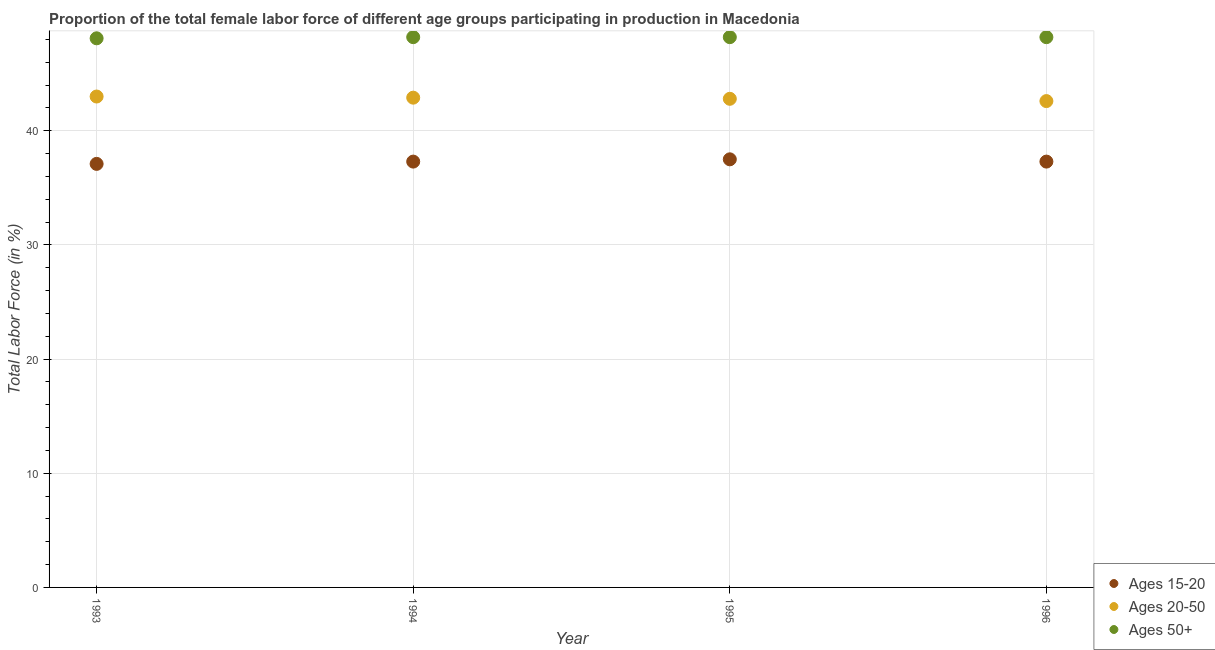
| Year | Ages 15-20 | Ages 20-50 | Ages 50+ |
 | --- | --- | --- | --- |
 | 1993 | 37.1 | 43 | 48.1 |
 | 1994 | 37.3 | 42.9 | 48.2 |
 | 1995 | 37.5 | 42.8 | 48.2 |
 | 1996 | 37.3 | 42.6 | 48.2 |